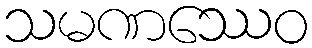
သမဏဿေဝ